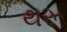
થરૂ